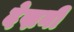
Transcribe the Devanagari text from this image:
देख्ननी